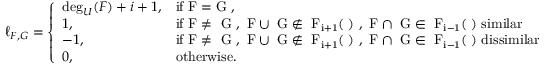
\ell _ { F , G } = \left\{ \begin{array} { l l } { \deg _ { U } ( F ) + i + 1 , } & { \mathrm { i f ~ F = G ~ , } } \\ { 1 , } & { \mathrm { i f ~ F \neq ~ G ~ , ~ F \cup ~ G \notin ~ F _ { i + 1 } ( \Delta ) ~ , ~ F \cap ~ G \in ~ F _ { i - 1 } ( \Delta ) ~ s i m i l a r } } \\ { - 1 , } & { \mathrm { i f ~ F \neq ~ G ~ , ~ F \cup ~ G \notin ~ F _ { i + 1 } ( \Delta ) ~ , ~ F \cap ~ G \in ~ F _ { i - 1 } ( \Delta ) ~ d i s s i m i l a r } } \\ { 0 , } & { \mathrm { o t h e r w i s e . } } \end{array} \right.